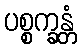
ပစ္စက္ခန္တံ